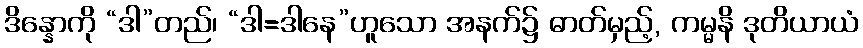
ဒိန္နောကို “ဒါ”တည်၊ “ဒါ=ဒါနေ”ဟူသော အနက်၌ ဓာတ်မှည့်, ကမ္မနိ ဒုတိယာယံ